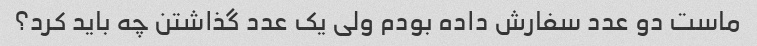
ماست دو عدد سفارش داده بودم ولی یک عدد گذاشتن چه باید کرد؟